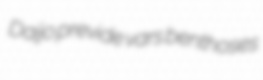
Daijo previde vars benthoses